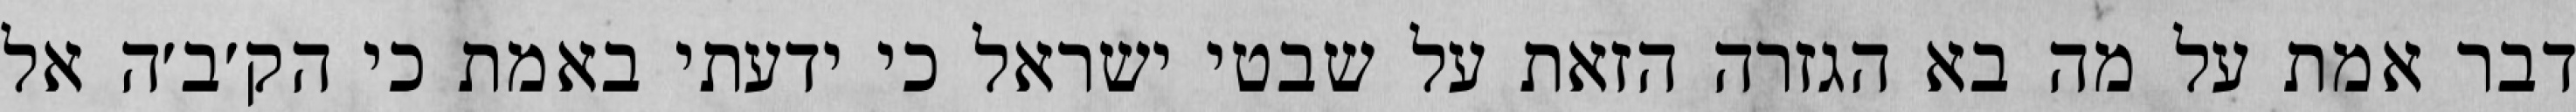
דבר אמת על מה בא הגזרה הזאת על שבטי ישראל כי ידעתי באמת כי הק׳ב׳ה אל